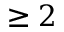
\geq 2